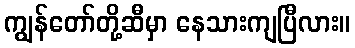
ကျွန်တော်တို့ဆီမှာ နေသားကျပြီလား။